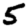
Digit: 5